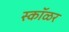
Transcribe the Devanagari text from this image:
स्कॉळर